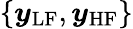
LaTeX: \{ \boldsymbol{y}_{\mathrm{LF}},\boldsymbol{y}_{\mathrm{HF}}\}